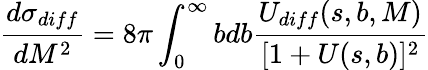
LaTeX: \frac{d\sigma_{diff}}{dM^{2}}=8\pi\int_{0}^{\infty}bdb\frac{U_{diff}(s,b,M)}{[1+U(s,b)]^{2}}